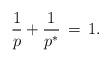
LaTeX: \begin{align*} \frac1p+\frac1{p^*}\,=\,1.\end{align*}